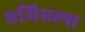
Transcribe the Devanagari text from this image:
एमिएल्स